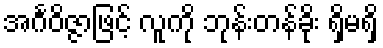
အင်္ဂဝိဇ္ဇာဖြင့် လူကို ဘုန်းတန်ခိုး ရှိမရှိ